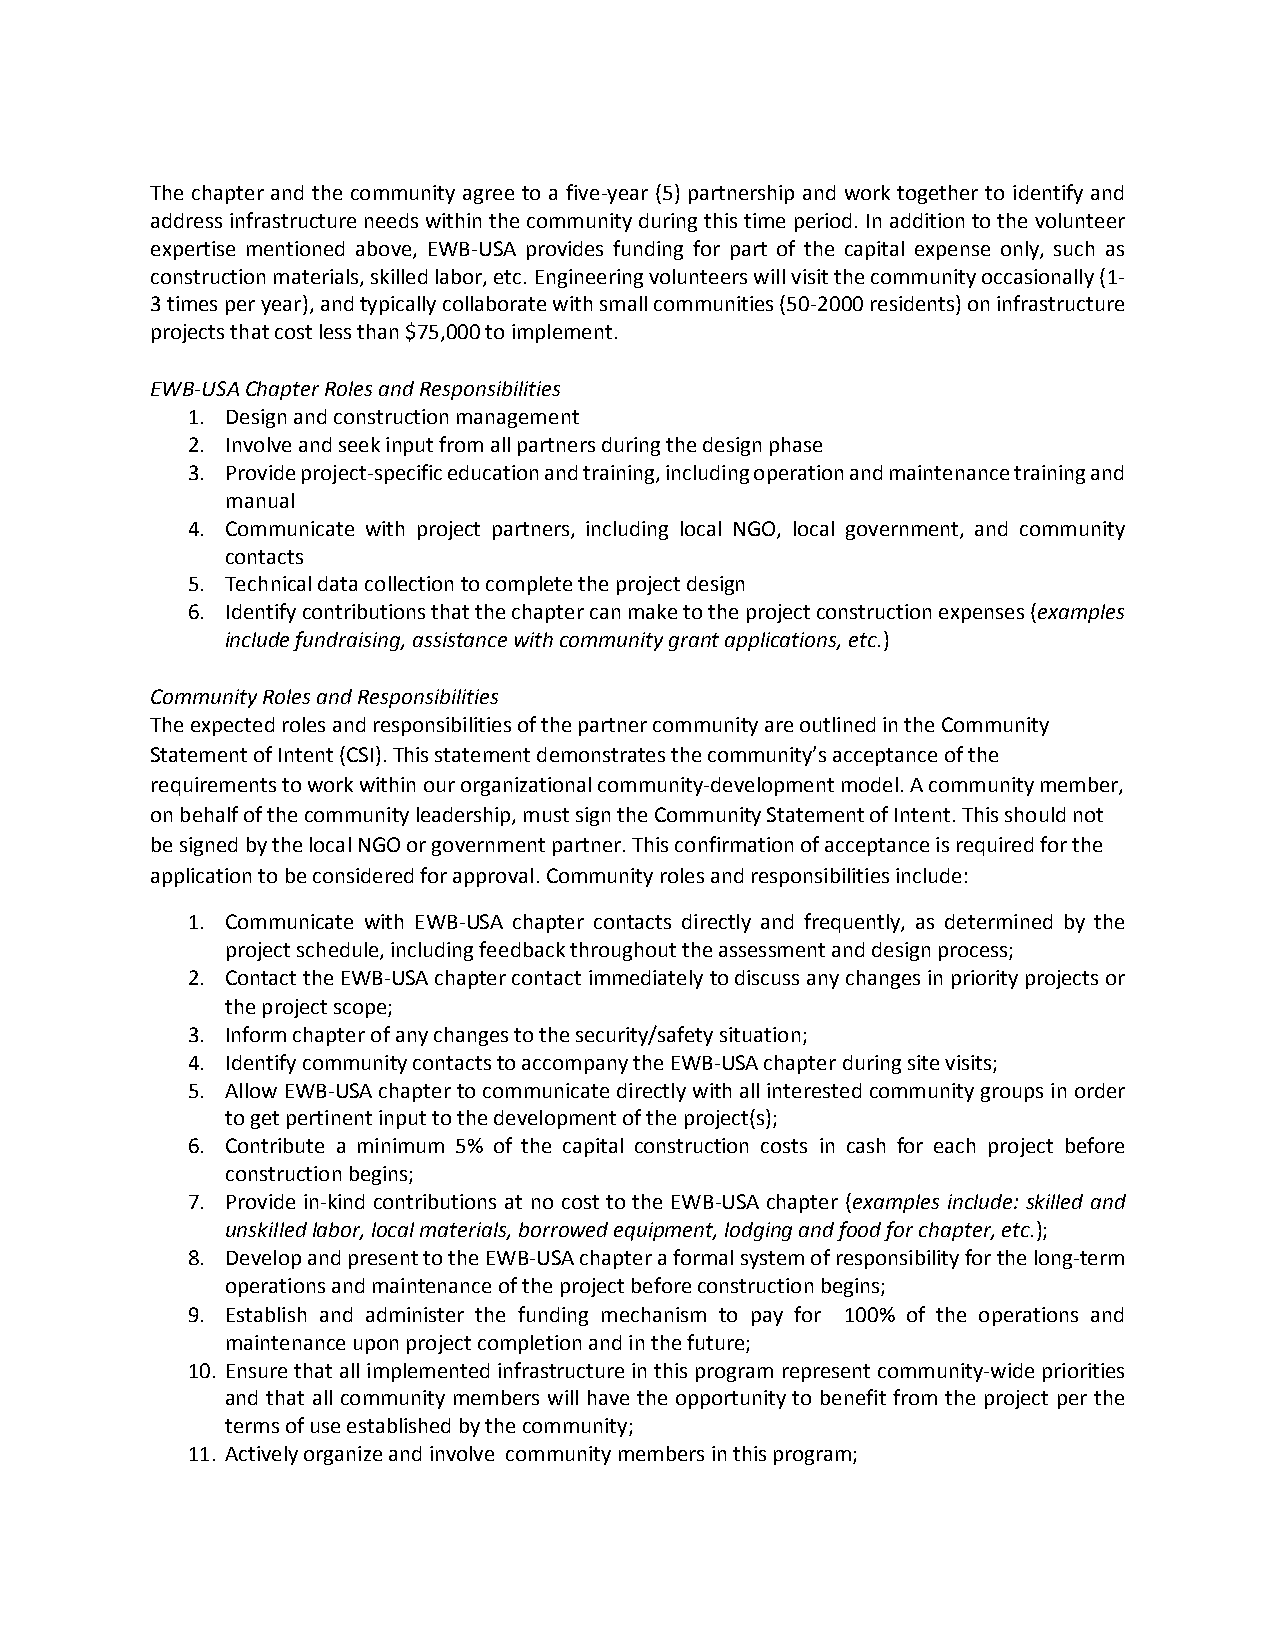
The chapter and the community agree to a five-year (5) partnership and work together to identify and
 address infrastructure needs within the community during this time period. In addition to the volunteer
 expertise mentioned above, EWB-USA provides funding for part of the capital expense only, such as
 construction materials, skilled labor, etc. Engineering volunteers will visit the community occasionally (1-
 3 times per year), and typically collaborate with small communities (50-2000 residents) on infrastructure
 projects that cost less than $75,000 to implement.
 EWB-USA Chapter Roles and Responsibilities
 1. Design and construction management
 2. Involve and seek input from all partners during the design phase
 3. Provide project-specific education and training, including operation and maintenance training and
 manual
 4. Communicate with project partners, including local NGO, local government, and community
 contacts
 5. Technical data collection to complete the project design
 6. Identify contributions that the chapter can make to the project construction expenses (examples
 include fundraising, assistance with community grant applications, etc.)
 Community Roles and Responsibilities
 The expected roles and responsibilities of the partner community are outlined in the Community
 Statement of Intent (CSI). This statement demonstrates the community’s acceptance of the
 requirements to work within our organizational community-development model. A community member,
 on behalf of the community leadership, must sign the Community Statement of Intent. This should not
 be signed by the local NGO or government partner. This confirmation of acceptance is required for the
 application to be considered for approval. Community roles and responsibilities include:
 1. Communicate with EWB-USA chapter contacts directly and frequently, as determined by the
 project schedule, including feedback throughout the assessment and design process;
 2. Contact the EWB-USA chapter contact immediately to discuss any changes in priority projects or
 the project scope;
 3. Inform chapter of any changes to the security/safety situation;
 4. Identify community contacts to accompany the EWB-USA chapter during site visits;
 5. Allow EWB-USA chapter to communicate directly with all interested community groups in order
 to get pertinent input to the development of the project(s);
 6. Contribute a minimum 5% of the capital construction costs in cash for each project before
 construction begins;
 7. Provide in-kind contributions at no cost to the EWB-USA chapter (examples include: skilled and
 unskilled labor, local materials, borrowed equipment, lodging and food for chapter, etc.);
 8. Develop and present to the EWB-USA chapter a formal system of responsibility for the long-term
 operations and maintenance of the project before construction begins;
 9. Establish and administer the funding mechanism to pay for 100% of the operations and
 maintenance upon project completion and in the future;
 10. Ensure that all implemented infrastructure in this program represent community-wide priorities
 and that all community members will have the opportunity to benefit from the project per the
 terms of use established by the community;
 11. Actively organize and involve community members in this program;